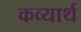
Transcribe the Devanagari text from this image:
कव्यार्थ